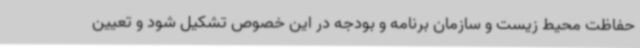
حفاظت محیط زیست و سازمان برنامه و بودجه در این خصوص تشکیل شود و تعیین